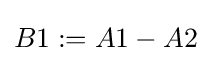
B1:=A1-A2